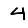
Digit: 4